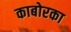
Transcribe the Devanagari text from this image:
काबोरका